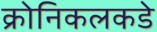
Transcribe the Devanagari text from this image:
क्रोनिकलकडे